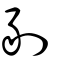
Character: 剶